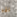
لقد